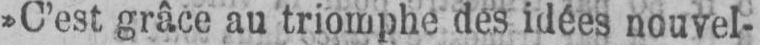
»C’est grâce au triomphe des idées nouvel-